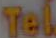
Tel